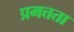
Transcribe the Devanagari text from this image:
प्रमत्तता